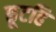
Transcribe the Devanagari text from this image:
छूटहि